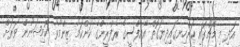
އަދި މި މެޗުގައި ކަންހިނގައިދިޔަގޮތް އޭއެފްސީގެ ރެފްރީންގެ ކަންކަމާ ޒިންމާވާ ކޮމިޝަނުން ވަރަށް